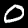
Label: 0